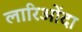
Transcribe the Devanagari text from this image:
लारिओंदा